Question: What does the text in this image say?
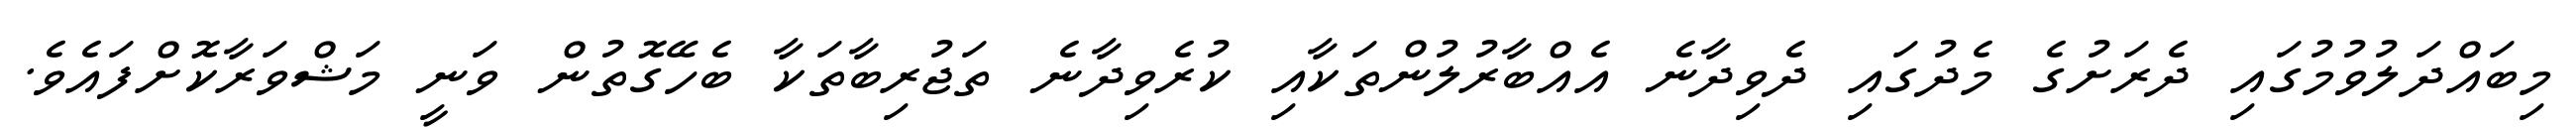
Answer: މިބައްދަލުވުމުގައި ދެރަށުގެ މެދުގައި ދެވިދާނެ އެއްބާރުލުންތަކާއި ކުރެވިދާނެ ތަޖުރިބާތަކާ ބެހޭގޮތުން ވަނީ މަޝްވަރާކޮށްފައެވެ.